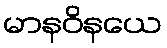
မာနဝိနယေ